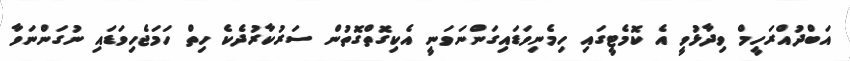
އަބްދުއްރަހީމް ވިދާޅުވީ އެ ކޮމެޓީގައި ހިމެނިވަޑައިގަންނަވަނީ އެކިގޮތްގޮތުން ސަރުކާރުދެކެ ހިތް ހަމަޖެހިވަޑައި ނުގަންނަވާ